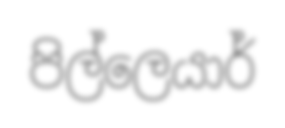
පිල්ලෙයාර්